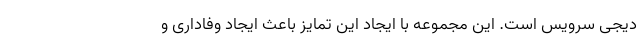
دیجی سرویس است. این مجموعه با ایجاد این تمایز باعث ایجاد وفاداری و